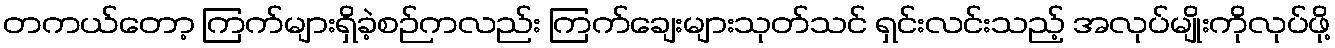
တကယ်တော့ ကြက်များရှိခဲ့စဉ်ကလည်း ကြက်ချေးများသုတ်သင် ရှင်းလင်းသည့် အလုပ်မျိုးကိုလုပ်ဖို့